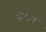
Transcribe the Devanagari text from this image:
सैन्डल